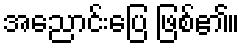
အညောင်းပြေ ဖြစ်၏။